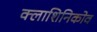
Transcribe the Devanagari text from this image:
क्लाशिनिकोव